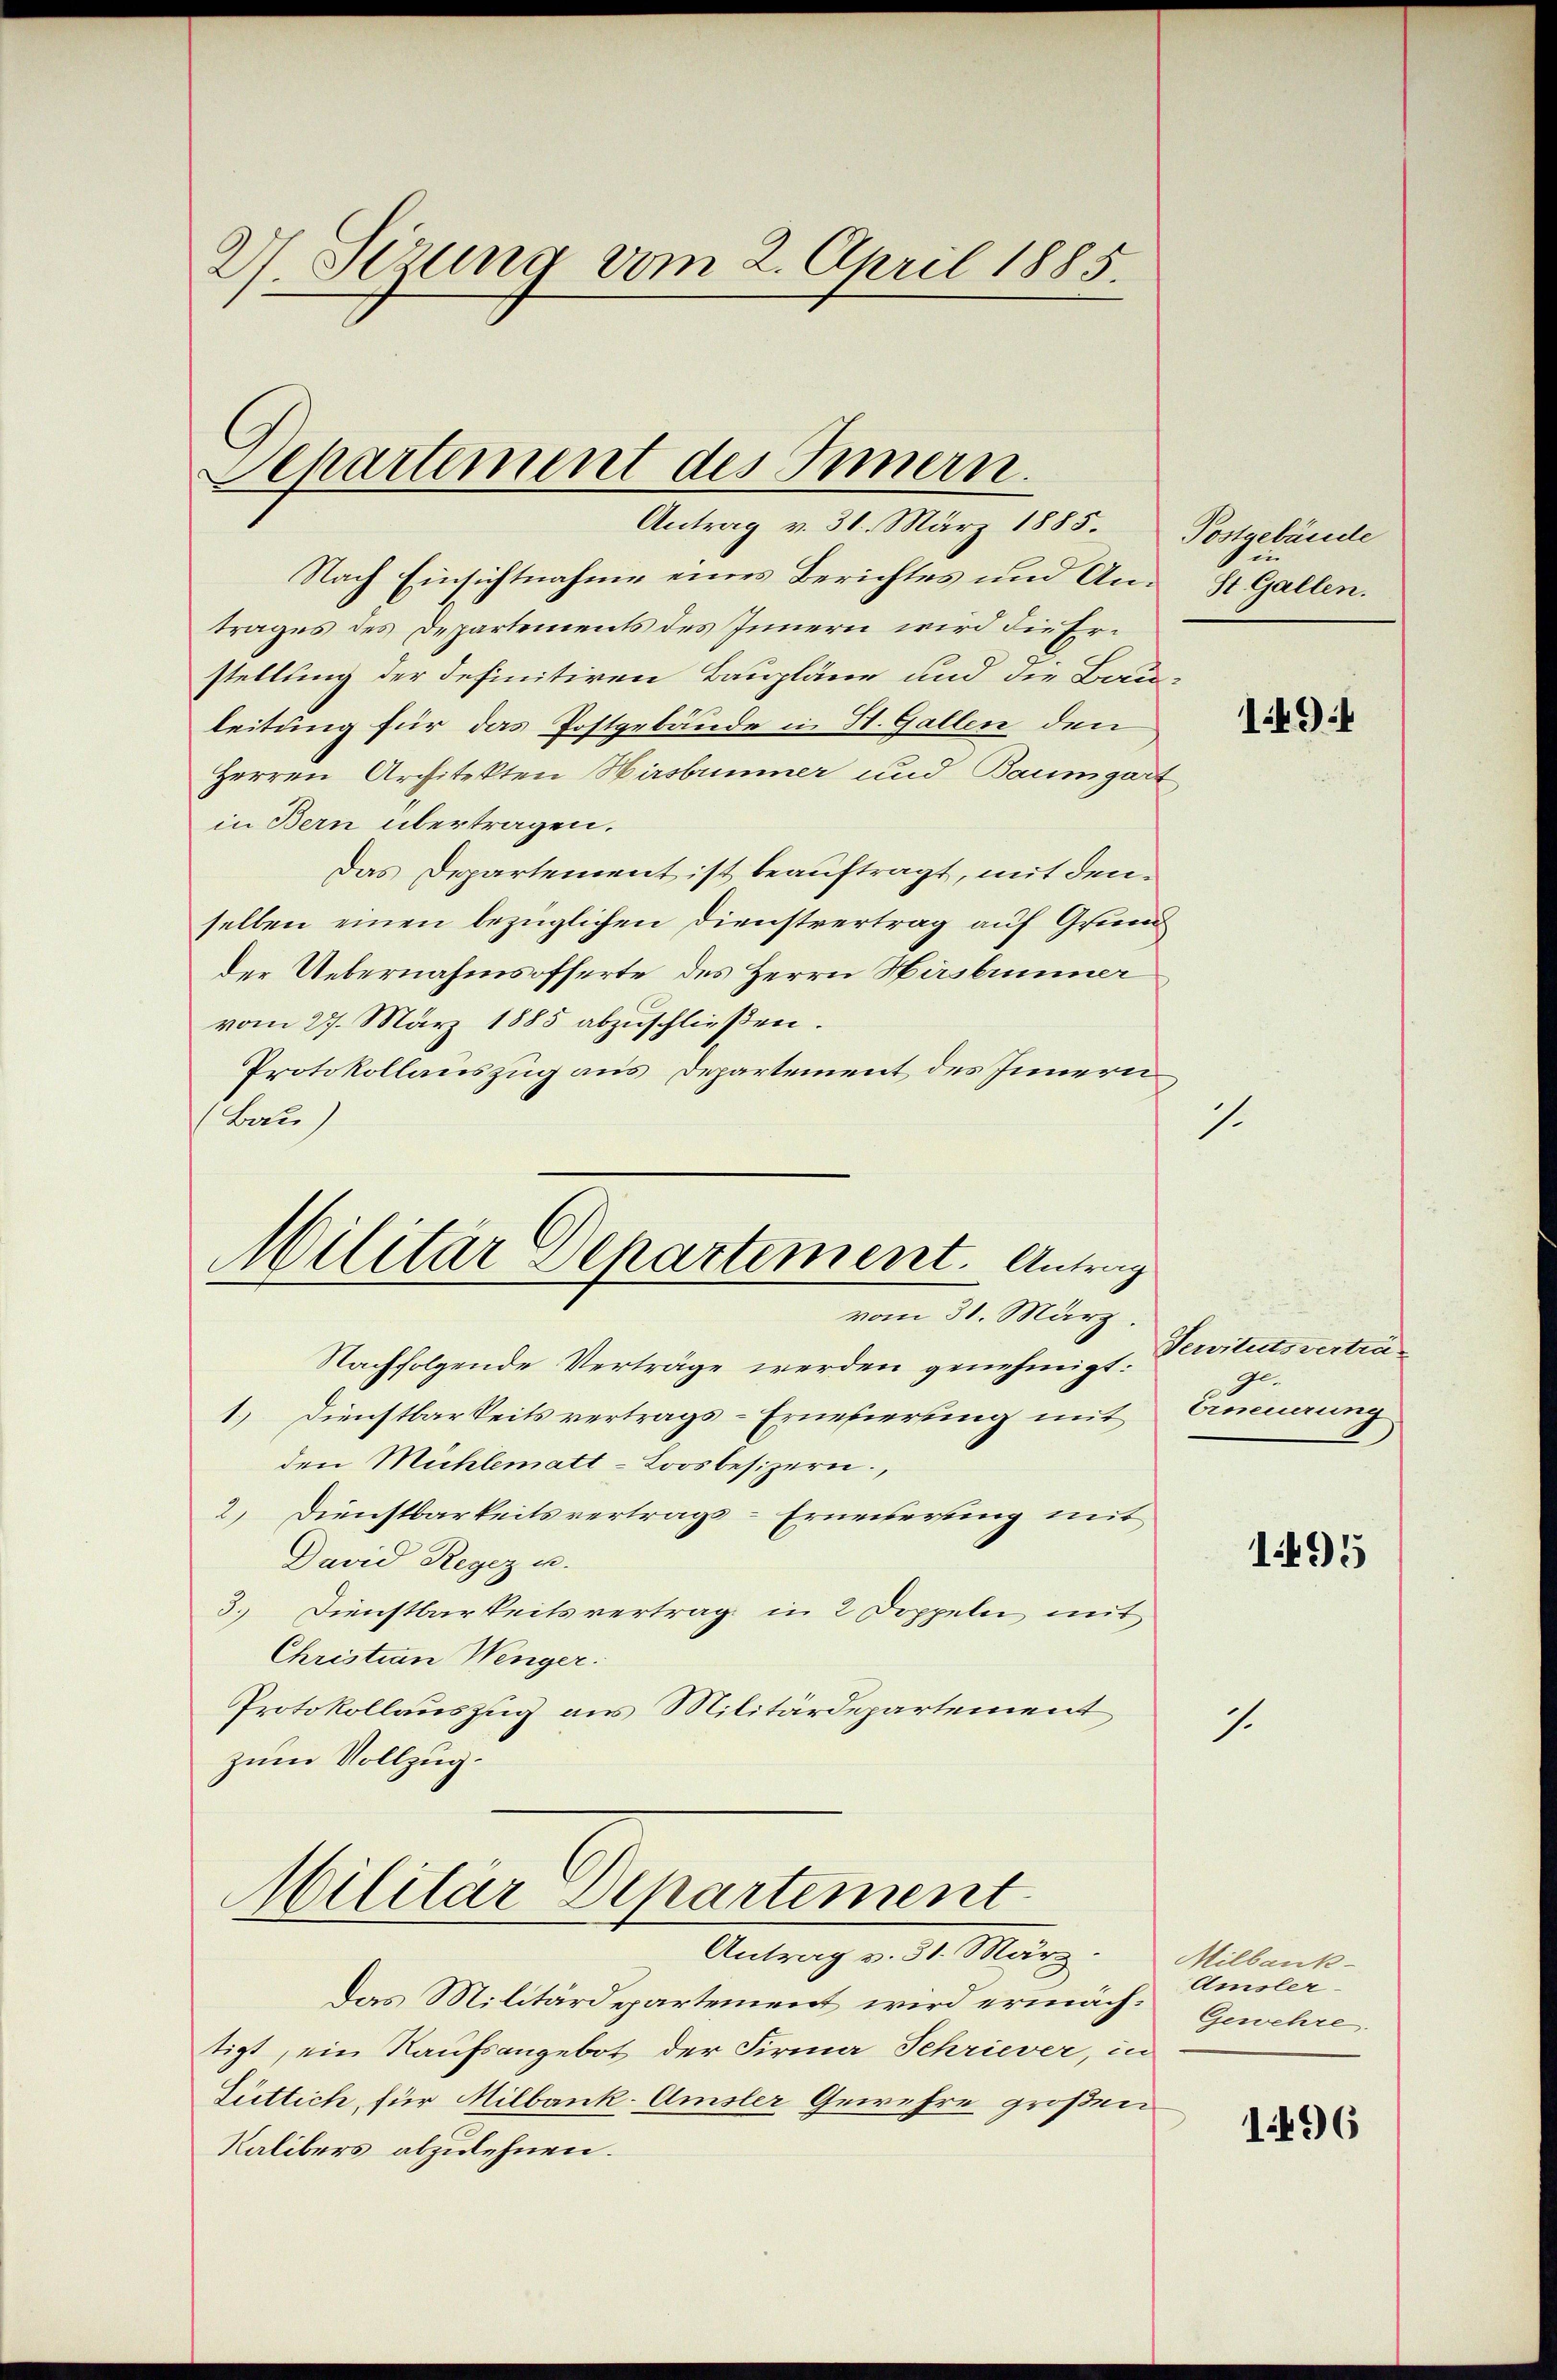
27. Stzung vom 2. April 1885.

Separtement des Innern.
Antrag v. 31. März 1885. Postgebäude

Nach Einsichtnahme eines Berichtes und An- St. Gallen.
trages des Departements des Innern wird die Erstellung der definitiren Baupläne und die Bau-
leitung für das Postgebäude in H. Gallen den
Herren Architekten Wirsbummer und Baumgart
in Bern übertragen.
Das Departement ist beauftragt, mit denselben einen bezüglichen Dienstvertrag auf Grund
der Uebernahmsofferte des Herrn Hirslimmer
vom 27. März 1885 abzuschließen.
Protokollauszug aus Departement des Innern
Pau
1.

Militär Separtement. Antrag
vom 31. März

Nachfolgende Verträge werden genehmigt.
1.) Dienstbarkeits vertrags-Erneuerung mit
den Mühlematt-Loosbesizern,
2) Dienstbarkeitsvertrags-Erneuerung mit
David Regez u.
3. Dienstbarkeitsvertrag in 2 Doppeln mit
Christian Wenger.
Protokollauszug aus Militärdepartement
zum Vollzug.
Militär Departement
Antrag v. 31. März.
Das Militärdepartement wird ermächtigt, ein Kaufsangebot der Firma Schriever, in
Güttich, für Milbank. Amsler Gewehre großen
Kalibers abzulehnen.

194

Servitutsverträ¬
Erneuerung

.

1495

Milbank
Amsler-
Gewehre.

1496